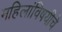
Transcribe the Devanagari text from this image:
महिलांविषयीचे